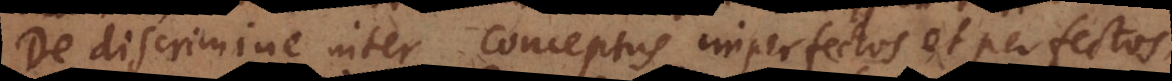
De discrimine inter conceptus imperfectos et perfectos,